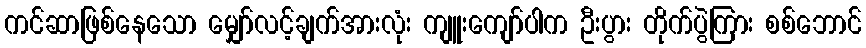
ကင်ဆာဖြစ်နေသော မျှော်လင့်ချက်အားလုံး ကျူးကျော်ပါက ဦးပွား တိုက်ပွဲကြား စစ်ဘောင်